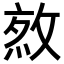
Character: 𢽯